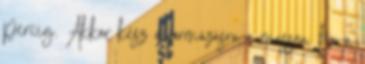
percig. Akkor kész a formázásra a massza, ha a